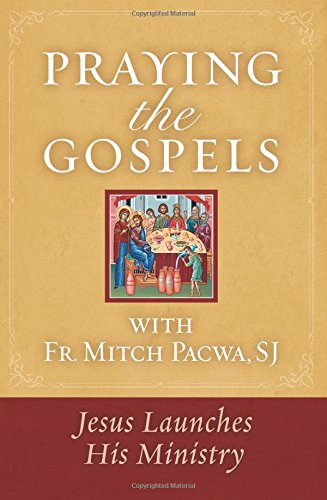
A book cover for Praying the Gospels with Fr. Mitch Pacwa, SJ: Jesus Launches His Ministry; Mitch Pacwa; Christian Books & Bibles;